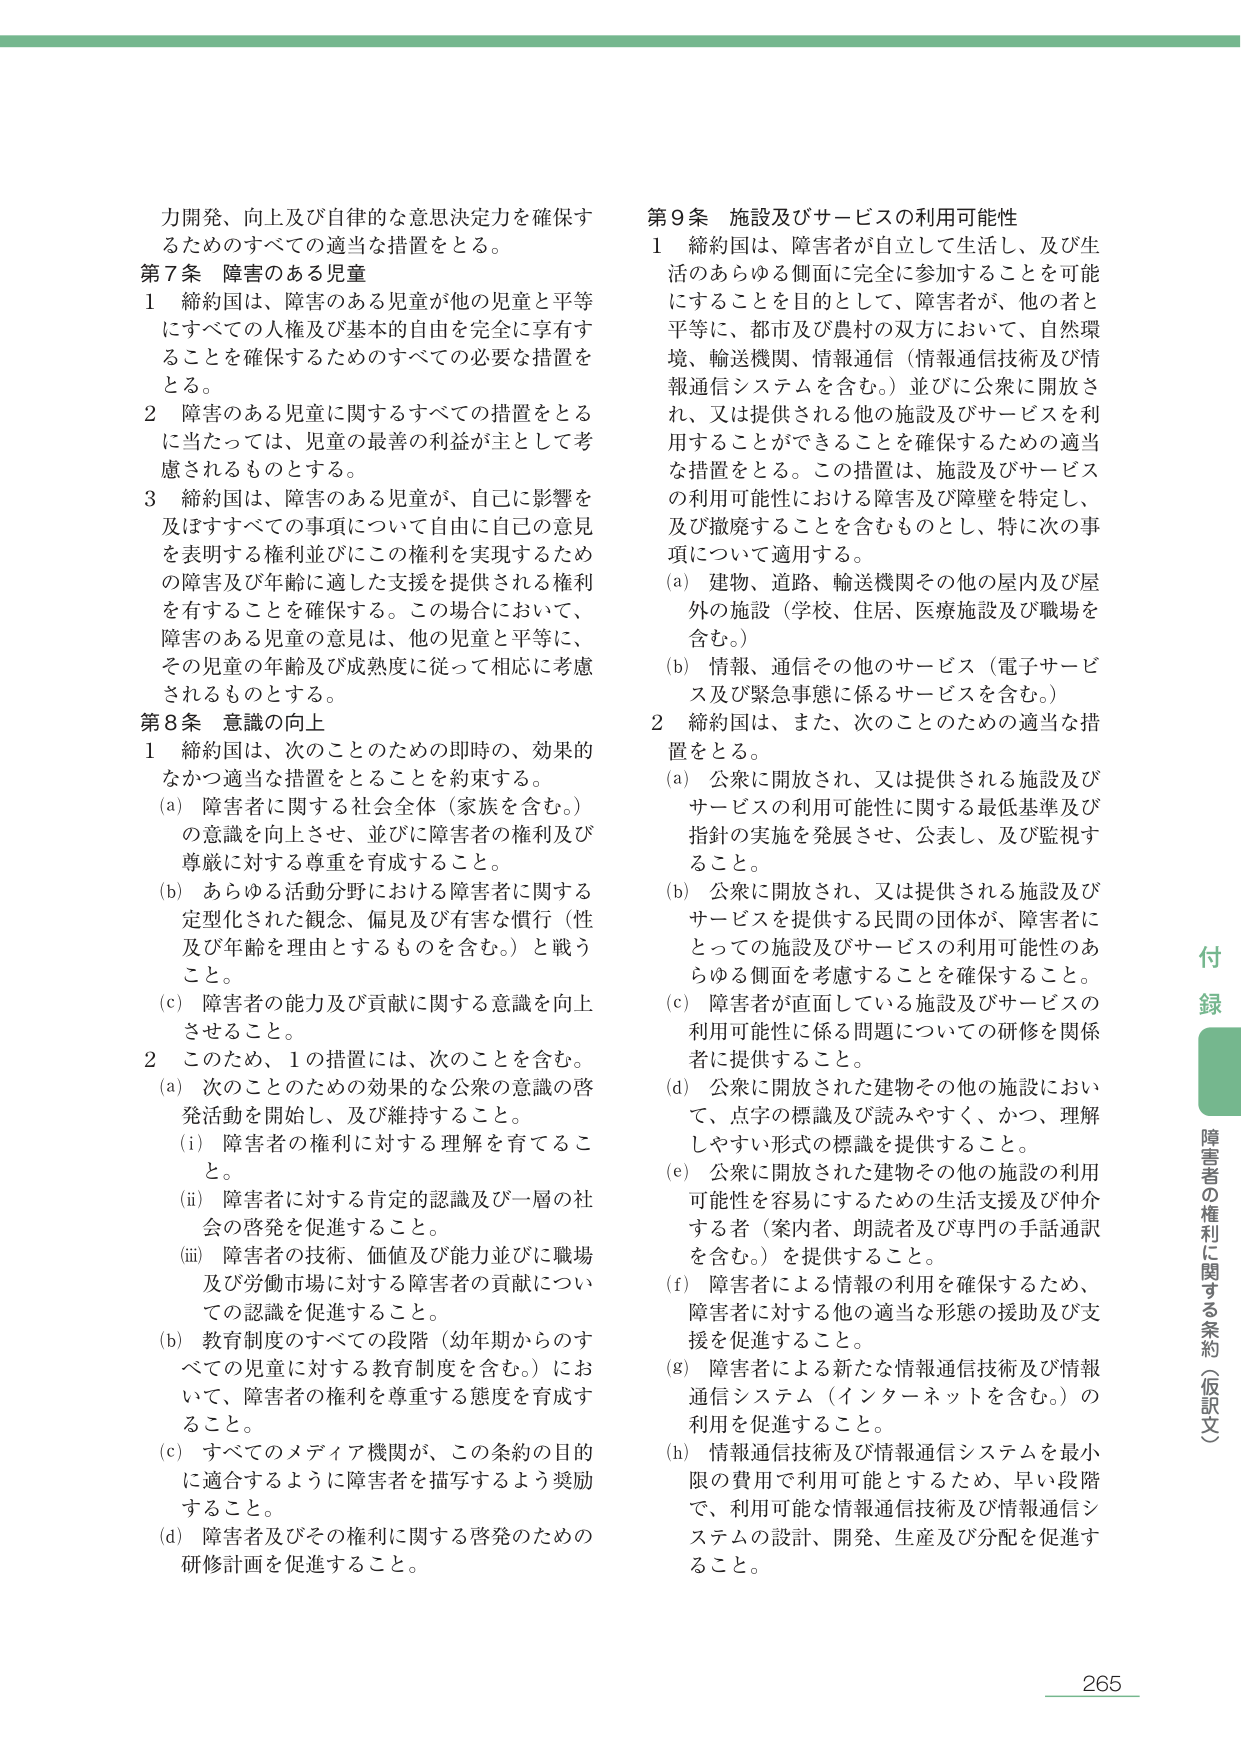
力開発、向上及び自律的な意思決定力を確保するためのすべての適当な措置をとる。

第7条 障害のある児童
1 締約国は、障害のある児童が他の児童と平等にすべての人権及び基本的自由を完全に享有することを確保するためのすべての必要な措置をとる。
2 障害のある児童に関するすべての措置をとるに当たっては、児童の最善の利益が主として考慮されるものとする。
3 締約国は、障害のある児童が、自己に影響を及ぼすすべての事項について自由に自己の意見を表明する権利並びにこの権利を実現するための障害及び年齢に適した支援を提供される権利を有することを確保する。この場合において、障害のある児童の意見は、他の児童と平等に、その児童の年齢及び成熟度に従って相応に考慮されるものとする。

第8条 意識の向上
1 締約国は、次のことのための即時の、効果的なかつ適当な措置をとることを約束する。
(a) 障害者に関する社会全体（家族を含む。）の意識を向上させ、並びに障害者の権利及び尊厳に対する尊重を育成すること。
(b) あらゆる活動分野における障害者に関する定型化された観念、偏見及び有害な慣行（性及び年齢を理由とするものを含む。）と戦うこと。
(c) 障害者の能力及び貢献に関する意識を向上させること。
2 このため、1の措置には、次のことを含む。
(a) 次のことのための効果的な公衆の意識の啓発活動を開始し、及び維持すること。
(i) 障害者の権利に対する理解を育てること。
(ii) 障害者に対する肯定的認識及び一層の社会の啓発を促進すること。
(iii) 障害者の技術、価値及び能力並びに職場及び労働市場に対する障害者の貢献についての認識を促進すること。
(b) 教育制度のすべての段階（幼年期からのすべての児童に対する教育制度を含む。）において、障害者の権利を尊重する態度を育成すること。
(c) すべてのメディア機関が、この条約の目的に適合するように障害者を描写するよう奨励すること。
(d) 障害者及びその権利に関する啓発のための研修計画を促進すること。

第9条 施設及びサービスの利用可能性
1 締約国は、障害者が自立して生活し、及び生活のあらゆる側面に完全に参加することを可能にすることを目的として、障害者が、他の者と平等に、都市及び農村の双方において、自然環境、輸送機関、情報通信（情報通信技術及び情報通信システムを含む。）並びに公衆に開放され、又は提供される他の施設及びサービスを利用することができることを確保するための適当な措置をとる。この措置は、施設及びサービスの利用可能性における障害及び障壁を特定し、及び撤廃することを含むものとし、特に次の事項について適用する。
(a) 建物、道路、輸送機関その他の屋内及び屋外の施設（学校、住居、医療施設及び職場を含む。）
(b) 情報、通信その他のサービス（電子サービス及び緊急事態に係るサービスを含む。）
2 締約国は、また、次のことのための適当な措置をとる。
(a) 公衆に開放され、又は提供される施設及びサービスの利用可能性に関する最低基準及び指針の実施を発展させ、公表し、及び監視すること。
(b) 公衆に開放され、又は提供される施設及びサービスを提供する民間の団体が、障害者にとっての施設及びサービスの利用可能性のあらゆる側面を考慮することを確保すること。
(c) 障害者が直面している施設及びサービスの利用可能性に係る問題についての研修を関係者に提供すること。
(d) 公衆に開放された建物その他の施設において、点字の標識及び読みやすく、かつ、理解しやすい形式の標識を提供すること。
(e) 公衆に開放された建物その他の施設の利用可能性を容易にするための生活支援及び仲介する者（案内者、朗読者及び専門の手話通訳を含む。）を提供すること。
(f) 障害者による情報の利用を確保するため、障害者に対する他の適当な形態の援助及び支援を促進すること。
(g) 障害者による新たな情報通信技術及び情報通信システム（インターネットを含む。）の利用を促進すること。
(h) 情報通信技術及び情報通信システムを最小限の費用で利用可能とするため、早い段階で、利用可能な情報通信技術及び情報通信システムの設計、開発、生産及び分配を促進すること。

付録
障害者の権利に関する条約（仮訳文）

265